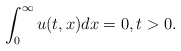
\begin{align*}\int_{0}^{\infty}u(t,x)dx =0, t>0.\end{align*}